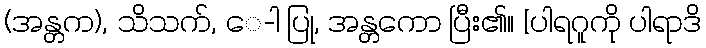
(အန္တက), သိသက်, ေ-ါ ပြု, အန္တကော ပြီး၏။ [ပါရဂူကို ပါရာဒိ